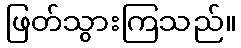
ဖြတ်သွားကြသည်။